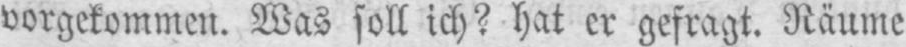
vorgekommen. Was soll ich? hat er gefragt. Räume